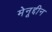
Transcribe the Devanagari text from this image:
मेनूद्दीन